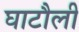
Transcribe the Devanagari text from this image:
घाटौली